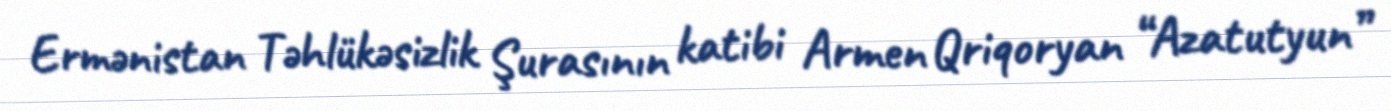
Ermənistan Təhlükəsizlik Şurasının katibi Armen Qriqoryan “Azatutyun”